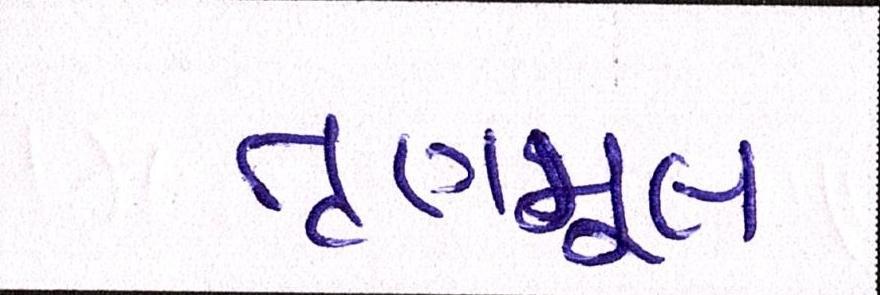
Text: તૃણમૂલ